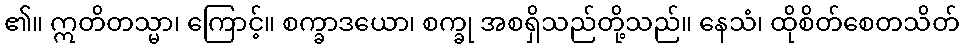
၏။ ဣတိတသ္မာ၊ ကြောင့်။ စက္ခာဒယော၊ စက္ခု အစရှိသည်တို့သည်။ နေသံ၊ ထိုစိတ်စေတသိတ်